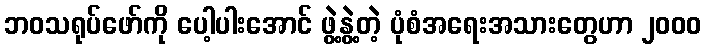
ဘဝသရုပ်ဖော်ကို ပေါ့ပါးအောင် ဖွဲ့နွဲ့တဲ့ ပုံစံအရေးအသားတွေဟာ ၂၀၀၀